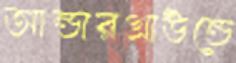
আন্ডারগ্রাউন্ডে